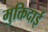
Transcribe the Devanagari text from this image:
मुक्तिदाई